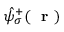
\hat { \psi } _ { \sigma } ^ { + } ( \mathrm { ~ \bf ~ r ~ } )